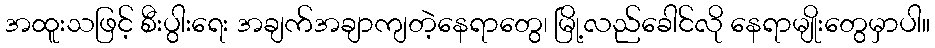
အထူးသဖြင့် စီးပွါးရေး အချက်အချာကျတဲ့နေရာတွေ၊ မြို့လည်ခေါင်လို နေရာမျိုးတွေမှာပါ။